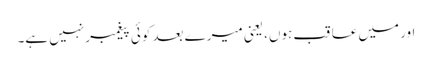
اور میں عاقب ہوں، یعنی میرے بعد کوئی پیغمبر نہیں ہے۔